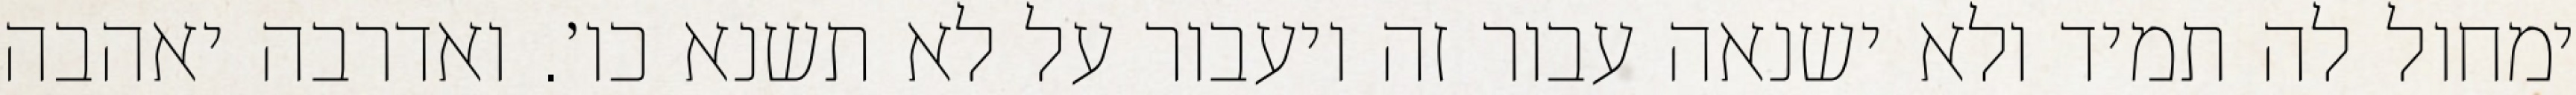
ימחול לה תמיד ולא ישנאה עבור זה ויעבור על לא תשנא כו׳. ואדרבה יאהבה